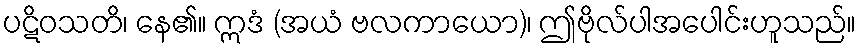
ပဋိဝသတိ၊ နေ၏။ ဣဒံ (အယံ ဗလကာယော)၊ ဤဗိုလ်ပါအပေါင်းဟူသည်။